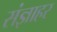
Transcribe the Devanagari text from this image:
संज्ञाहर